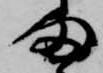
ま